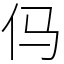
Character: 㐷